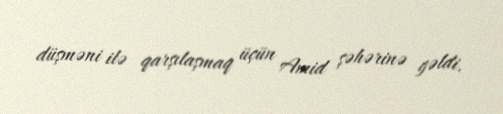
düşməni ilə qarşılaşmaq üçün Amid şəhərinə gəldi.